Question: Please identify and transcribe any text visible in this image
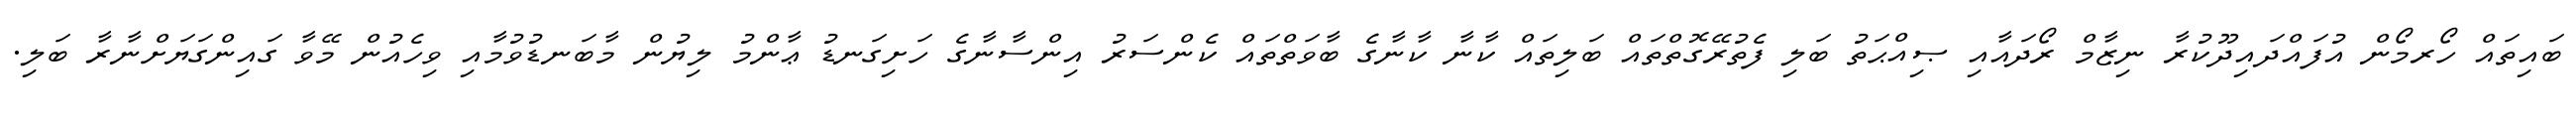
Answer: ބައިތައް ހޯރމޯން އުފައްދައިދޫކުރާ ނިޒާމް ރޯދައާއި ޞިއްޙަތު ބަލި ފެތުރޭގޮތްތައް ބަލިތައް ކާނާ ކާނާގެ ބާވަތްތައް ކެންސަރު އިންސާނާގެ ހަށިގަނޑު ޢާންމު ލިޔުން މާބަނޑުވުމާއި ވިހެއުން މޭވާ ގައިންގަޔަށްނާރާ ބަލި.